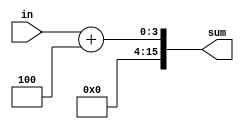
module full_adder_4bit(in, sum);
    input   in;
    output  [15:0] sum;
    assign   sum = in + 4;
    
endmodule